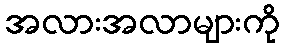
အလားအလာများကို